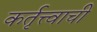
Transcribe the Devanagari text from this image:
कर्तृत्त्वाची